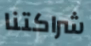
شراكتنا